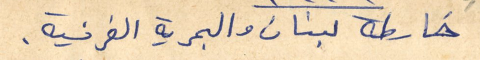
خارطة لبنان والبحرية الفرنسية.